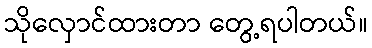
သိုလှောင်ထားတာ တွေ့ရပါတယ်။